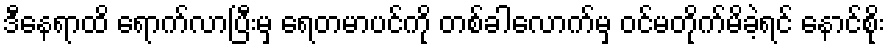
ဒီနေရာထိ ရောက်လာပြီးမှ ရေတမာပင်ကို တစ်ခါလောက်မှ ဝင်မတိုက်မိခဲ့ရင် နောင်စိုး